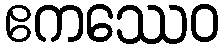
ဧကဿေဝ